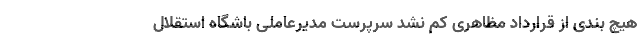
هیچ بندی از قرارداد مظاهری کم نشد سرپرست مدیرعاملی باشگاه استقلال